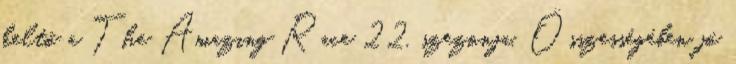
keltő a The Amazing Race 22. szezonja. Összességében jó